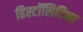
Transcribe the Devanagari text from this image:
हिस्टॉलिटिका